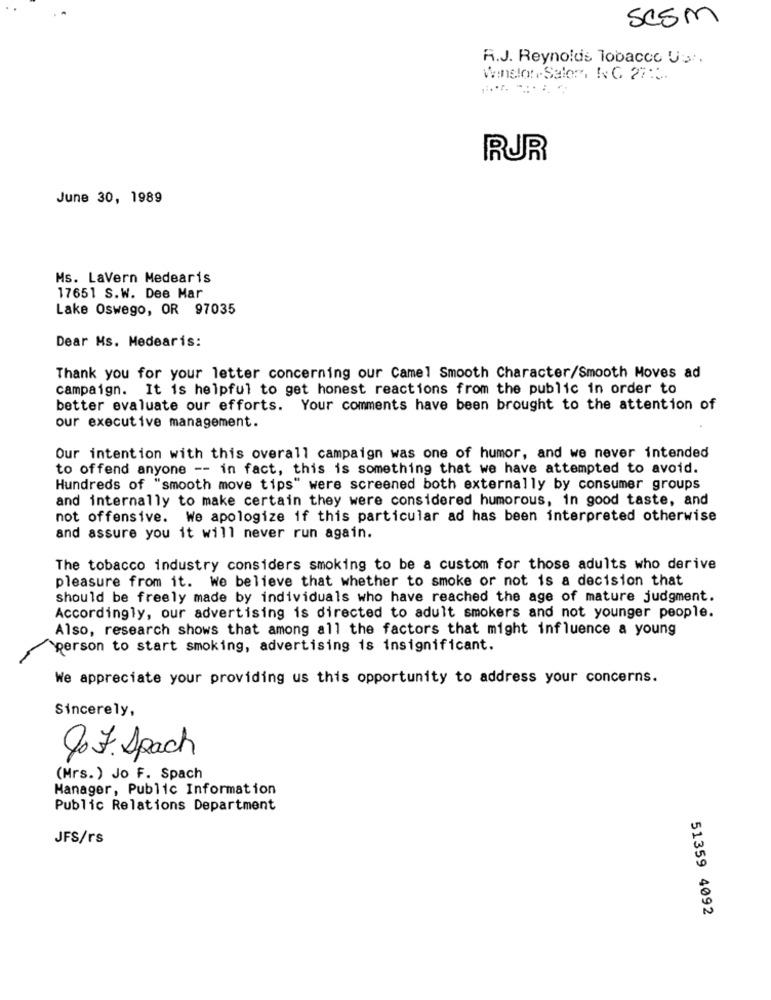
SCSM
R.J. Reynolds Tobacco Us.
Winston, Salor, NG 27:3.
RUR
June 30, 1989
Ms. LaVern Medearis
17651 S.W. Dee Mar
Lake Oswego, OR 97035
Dear Ms. Medearis:
Thank you for your letter concerning our Camel Smooth Character/Smooth Moves ad
campaign. It is helpful to get honest reactions from the public in order to
better evaluate our efforts. Your comments have been brought to the attention of
our executive management.
Our intention with this overall campaign was one of humor, and we never intended
to offend anyone -- in fact, this is something that we have attempted to avoid.
Hundreds of "smooth move tips" were screened both externally by consumer groups
and internally to make certain they were considered humorous, in good taste, and
not offensive. We apologize if this particular ad has been interpreted otherwise
and assure you it will never run again.
The tobacco industry considers smoking to be a custom for those adults who derive
pleasure from it. We believe that whether to smoke or not is a decision that
should be freely made by individuals who have reached the age of mature judgment.
Accordingly, our advertising is directed to adult smokers and not younger people.
Also, research shows that among all the factors that might influence a young
person to start smoking, advertising is insignificant.
We appreciate your providing us this opportunity to address your concerns.
Sincerely,
Q. F. Spach
(Mrs.) Jo F. Spach
Manager, Public Information
Public Relations Department
JFS/rs
51359 4092